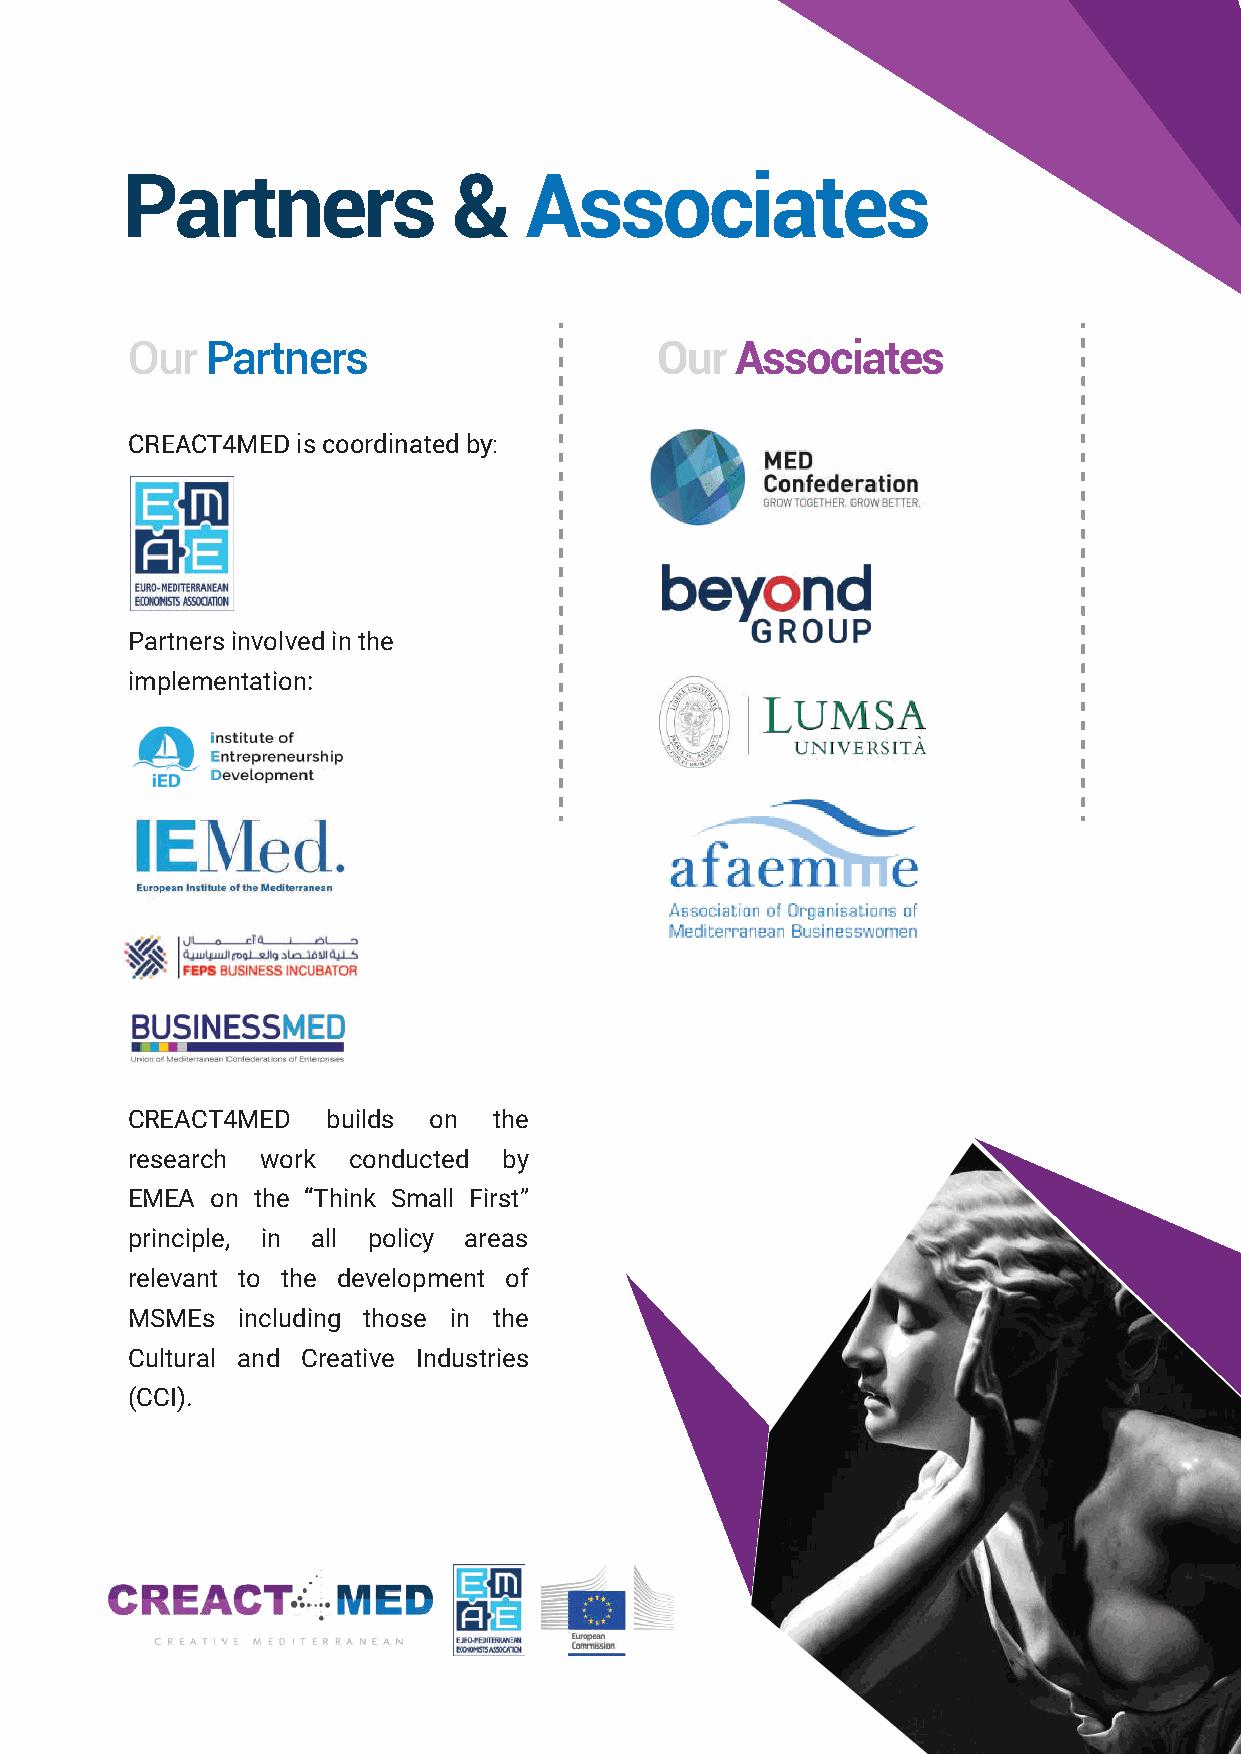
Partners              &    Associates
 Our   Partners                     Our   Associates
 CREACT4MED  is coordinated by:
 Partners involved in the
 implementation:
 CREACT4MED    builds on  the
 research work  conducted by
 EMEA  on the “Think Small First”
 principle, in all policy areas
 relevant to the development of
 MSMEs   including those in the
 Cultural and Creative Industries
 (CCI).